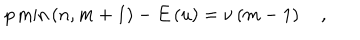
p \min \left( n , m + 1 \right) - E \left( u \right) = \nu \left( m - 1 \right) \quad ,